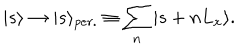
| s \rangle \rightarrow | s \rangle _ { p e r . } \equiv \sum _ { n } | s + n L _ { x } \rangle .